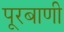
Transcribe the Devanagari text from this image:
पूरबाणी